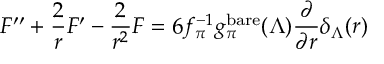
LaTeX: F ^ { \prime \prime } + \frac { 2 } { r } F ^ { \prime } - \frac { 2 } { r ^ { 2 } } F = 6 f _ { \pi } ^ { - 1 } g _ { \pi } ^ { \mathrm { b a r e } } ( \Lambda ) \frac { \partial } { \partial r } \delta _ { \Lambda } ( r )